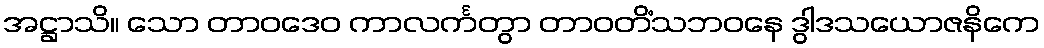
အဋ္ဌာသိ။ သော တာဝဒေဝ ကာလင်္ကတွာ တာဝတိံသဘဝနေ ဒွါဒသယောဇနိကေ